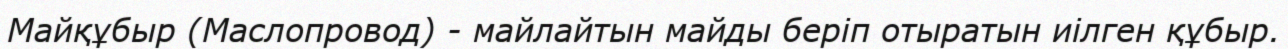
Майқұбыр (Маслопровод) - майлайтын майды беріп отыратын иілген құбыр.